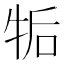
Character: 㸸